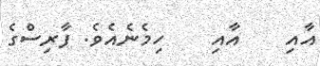
އާއި    އާއި    ހިމެނެއެވެ. ފާރިސްގެ